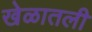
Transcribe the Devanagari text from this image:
खेळातली